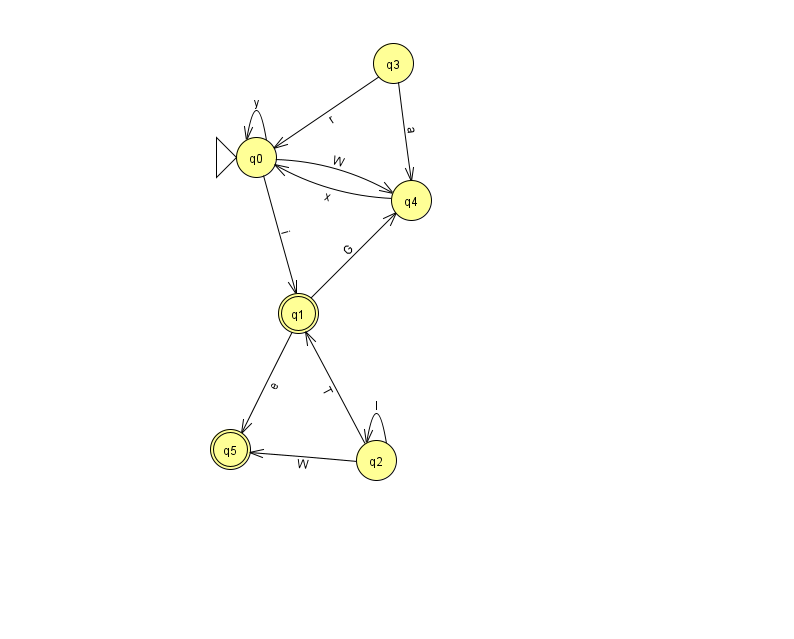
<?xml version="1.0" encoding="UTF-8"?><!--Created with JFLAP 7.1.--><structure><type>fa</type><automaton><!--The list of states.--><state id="0" name="q0"><x>256.0</x><y>144.0</y><initial/></state><state id="1" name="q1"><x>298.0</x><y>300.0</y><final/></state><state id="2" name="q2"><x>376.0</x><y>447.0</y></state><state id="3" name="q3"><x>393.0</x><y>50.0</y></state><state id="4" name="q4"><x>411.0</x><y>187.0</y></state><state id="5" name="q5"><x>230.0</x><y>436.0</y><final/></state><!--The list of transitions.--><transition><from>4</from><to>0</to><read>x</read></transition><transition><from>2</from><to>5</to><read>W</read></transition><transition><from>3</from><to>0</to><read>r</read></transition><transition><from>0</from><to>0</to><read>y</read></transition><transition><from>2</from><to>1</to><read>T</read></transition><transition><from>2</from><to>2</to><read>I</read></transition><transition><from>1</from><to>4</to><read>G</read></transition><transition><from>1</from><to>5</to><read>e</read></transition><transition><from>0</from><to>4</to><read>W</read></transition><transition><from>0</from><to>1</to><read>i</read></transition><transition><from>3</from><to>4</to><read>a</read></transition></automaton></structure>